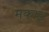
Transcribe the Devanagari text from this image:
मकाइ